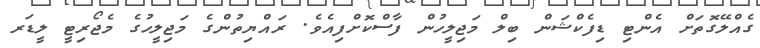
ގެއްލޭގޮތަށް އެންޓި ޑިފެކްޝަން ބިލް މަޖިލީހުން ފާސްކޮށްފިއެވެ. ރައްޔިތުންގެ މަޖިލީހުގެ މެޖޯރިޓީ ލީޑަރ